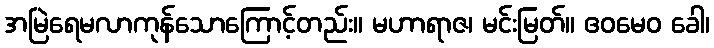
အမြဲရေမလာကုန်သောကြောင့်တည်း။ မဟာရာဇ၊ မင်းမြတ်။ ဧဝမေဝ ခေါ၊